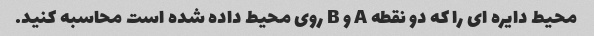
محیط دایره ای را که دو نقطه A و B روی محیط داده شده است محاسبه کنید.